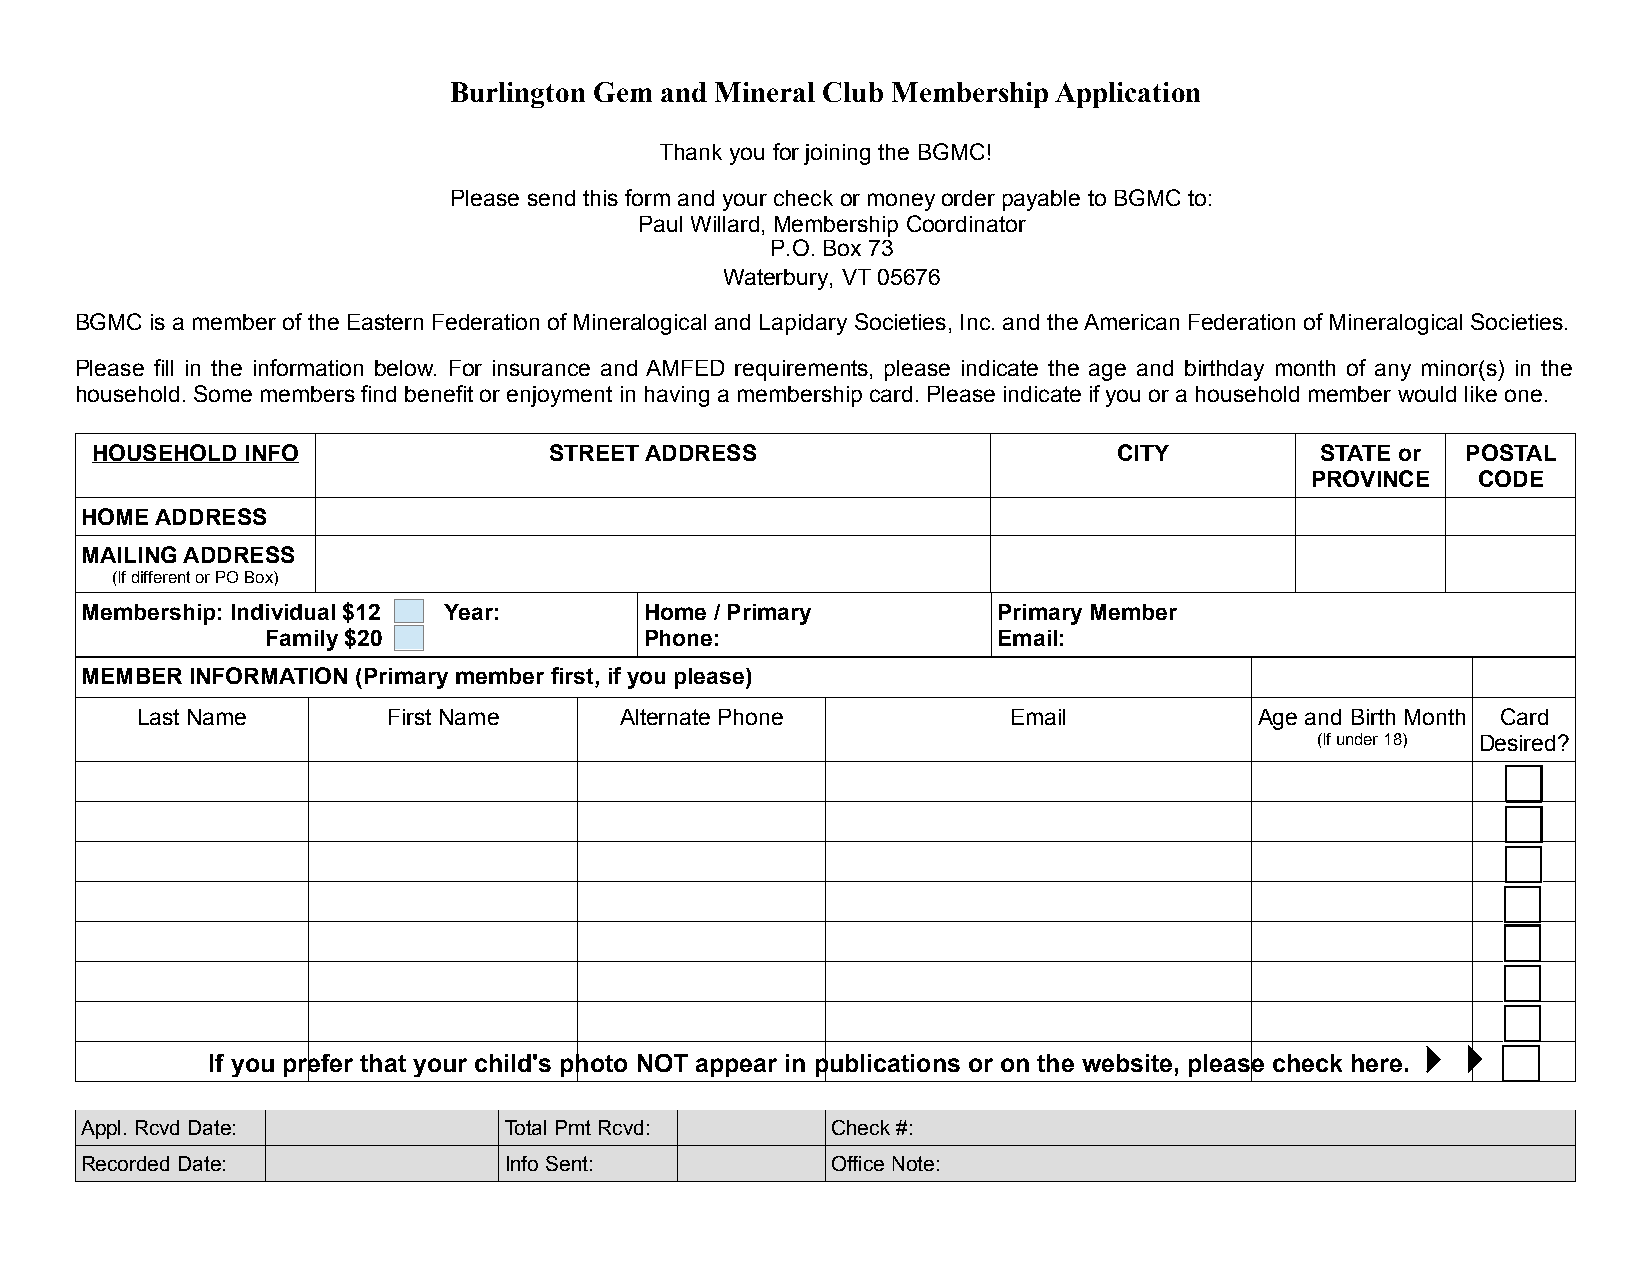
Burlington Gem and Mineral Club Membership Application
 Thank you for joining the BGMC!
 Please send this form and your check or money order payable to BGMC to:
 Paul Willard, Membership Coordinator
 P.O. Box 73
 Waterbury, VT 05676
 BGMC is a member of the Eastern Federation of Mineralogical and Lapidary Societies, Inc. and the American Federation of Mineralogical Societies.
 Please fill in the information below. For insurance and AMFED requirements, please indicate the age and birthday month of any minor(s) in the
 household. Some members find benefit or enjoyment in having a membership card. Please indicate if you or a household member would like one.
 HOUSEHOLD INFO                STREET ADDRESS                        CITY         STATE or  POSTAL
 PROVINCE   CODE
 HOME ADDRESS
 MAILING ADDRESS
 (If different or PO Box)
 Membership: Individual $12 Year:      Home / Primary         Primary Member
 Family $20               Phone:                 Email:
 MEMBER  INFORMATION (Primary member first, if you please)
 Last Name        First Name     Alternate Phone           Email           Age and Birth Month Card
 (If under 18) Desired?
 
 If you prefer that your child's photo NOT appear in publications or on the website, please check here.
 Appl. Rcvd Date:            Total Pmt Rcvd:       Check #:
 Recorded Date:              Info Sent:            Office Note: